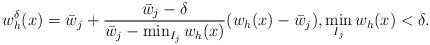
LaTeX: \begin{align*}w_h^{\delta}(x)= \bar{w}_j+\frac{\bar{w}_j-\delta}{\bar{w}_j-\min_{I_j} w_h(x)} (w_h(x)-\bar{w}_j), \min_{I_j} w_h(x)<\delta. \end{align*}